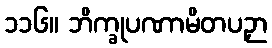
၁၁၆။ ဘိက္ခုပဏာမိတပဉှာ